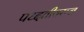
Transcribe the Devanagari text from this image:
पध्दतीवरून